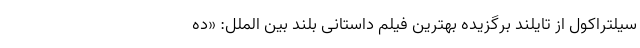
سیلتراکول از تایلند برگزیده بهترین فیلم داستانی بلند بین الملل: «ده